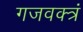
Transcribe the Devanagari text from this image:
गजवक्त्रं